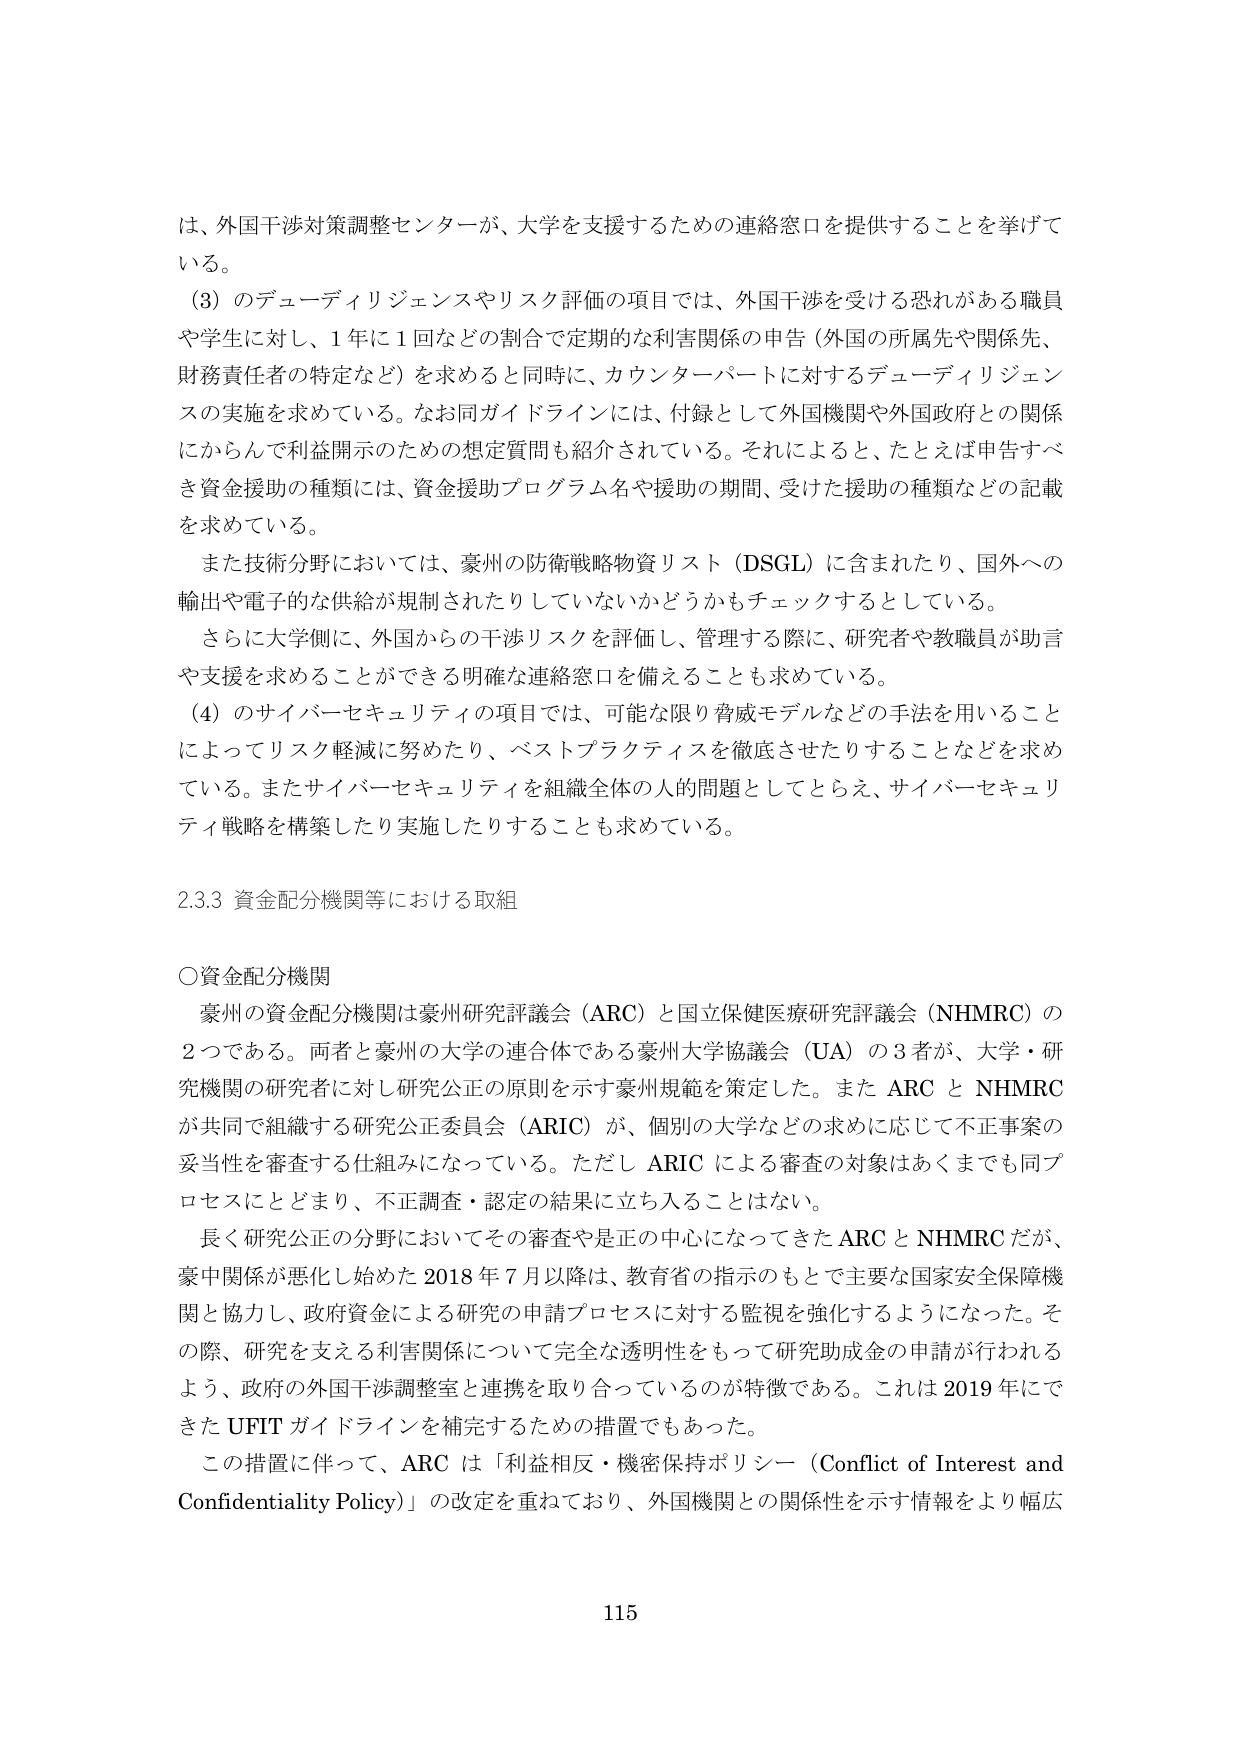
は、外国干渉対策調整センターが、大学を支援するための連絡窓口を提供することを挙げている。

（3）のデューディリジェンスやリスク評価の項目では、外国干渉を受ける恐れがある職員や学生に対し、1年に1回などの割合で定期的な利害関係の申告（外国の所属先や関係先、財務責任者の特定など）を求めると同時に、カウンターパートに対するデューディリジェンスの実施を求めている。なお同ガイドラインには、付録として外国機関や外国政府との関係にかんして利益開示のための想定質問も紹介されている。それによると、たとえば申告すべき資金援助の種類には、資金援助プログラム名や援助の期間、受けた援助の種類などの記載を求めている。

また技術分野においては、豪州の防衛戦略物資リスト（DSGL）に含まれたり、国外への輸出や電子的な供給が規制されたりしていないかどうかもチェックするとしている。

さらに大学側に、外国からの干渉リスクを評価し、管理する際に、研究者や教職員が助言や支援を求めることができる明確な連絡窓口を備えることも求めている。

（4）のサイバーセキュリティの項目では、可能な限り脅威モデルなどの手法を用いることによってリスク軽減に努めたり、ベストプラクティスを徹底させたりすることなどを求めている。またサイバーセキュリティを組織全体の人的問題としてとらえ、サイバーセキュリティ戦略を構築したり実施したりすることも求めている。

2.3.3 資金配分機関等における取組

○資金配分機関

豪州の資金配分機関は豪州研究評議会（ARC）と国立保健医療研究評議会（NHMRC）の2つである。両者と豪州の大学の連合体である豪州大学協議会（UA）の3者が、大学・研究機関の研究者に対し研究公正の原則を示す豪州規範を策定した。またARCとNHMRCが共同で組織する研究公正委員会（ARIC）が、個別の大学などの求めに応じて不正事案の妥当性を審査する仕組みになっている。ただしARICによる審査の対象はあくまでも同プロセスにとどまり、不正調査・認定の結果に立ち入ることはない。

長く研究公正の分野においてその審査や是正の中心になってきたARCとNHMRCだが、豪中関係が悪化し始めた2018年7月以降は、教育省の指示のもとで主要な国家安全保障機関と協力し、政府資金による研究の申請プロセスに対する監視を強化するようになった。その際、研究を支える利害関係について完全な透明性をもって研究助成金の申請が行われるよう、政府の外国干渉調整室と連携を取っているのが特徴である。これは2019年にできたUFITガイドラインを補完するための措置でもあった。

この措置に伴って、ARCは「利益相反・機密保持ポリシー（Conflict of Interest and Confidentiality Policy）」の改定を重ねており、外国機関との関係性を示す情報をより幅広

115